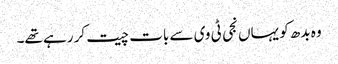
وہ بدھ کو یہاں نجی ٹی وی سے بات چیت کر رہے تھے۔